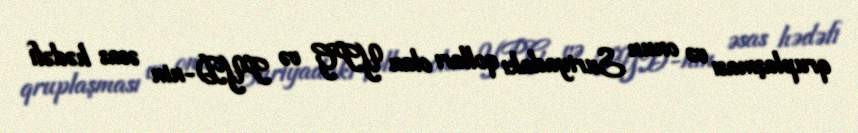
qruplaşması və onun Suriyadakı qolları olan YPG və PYD-nin əsas hədəfi